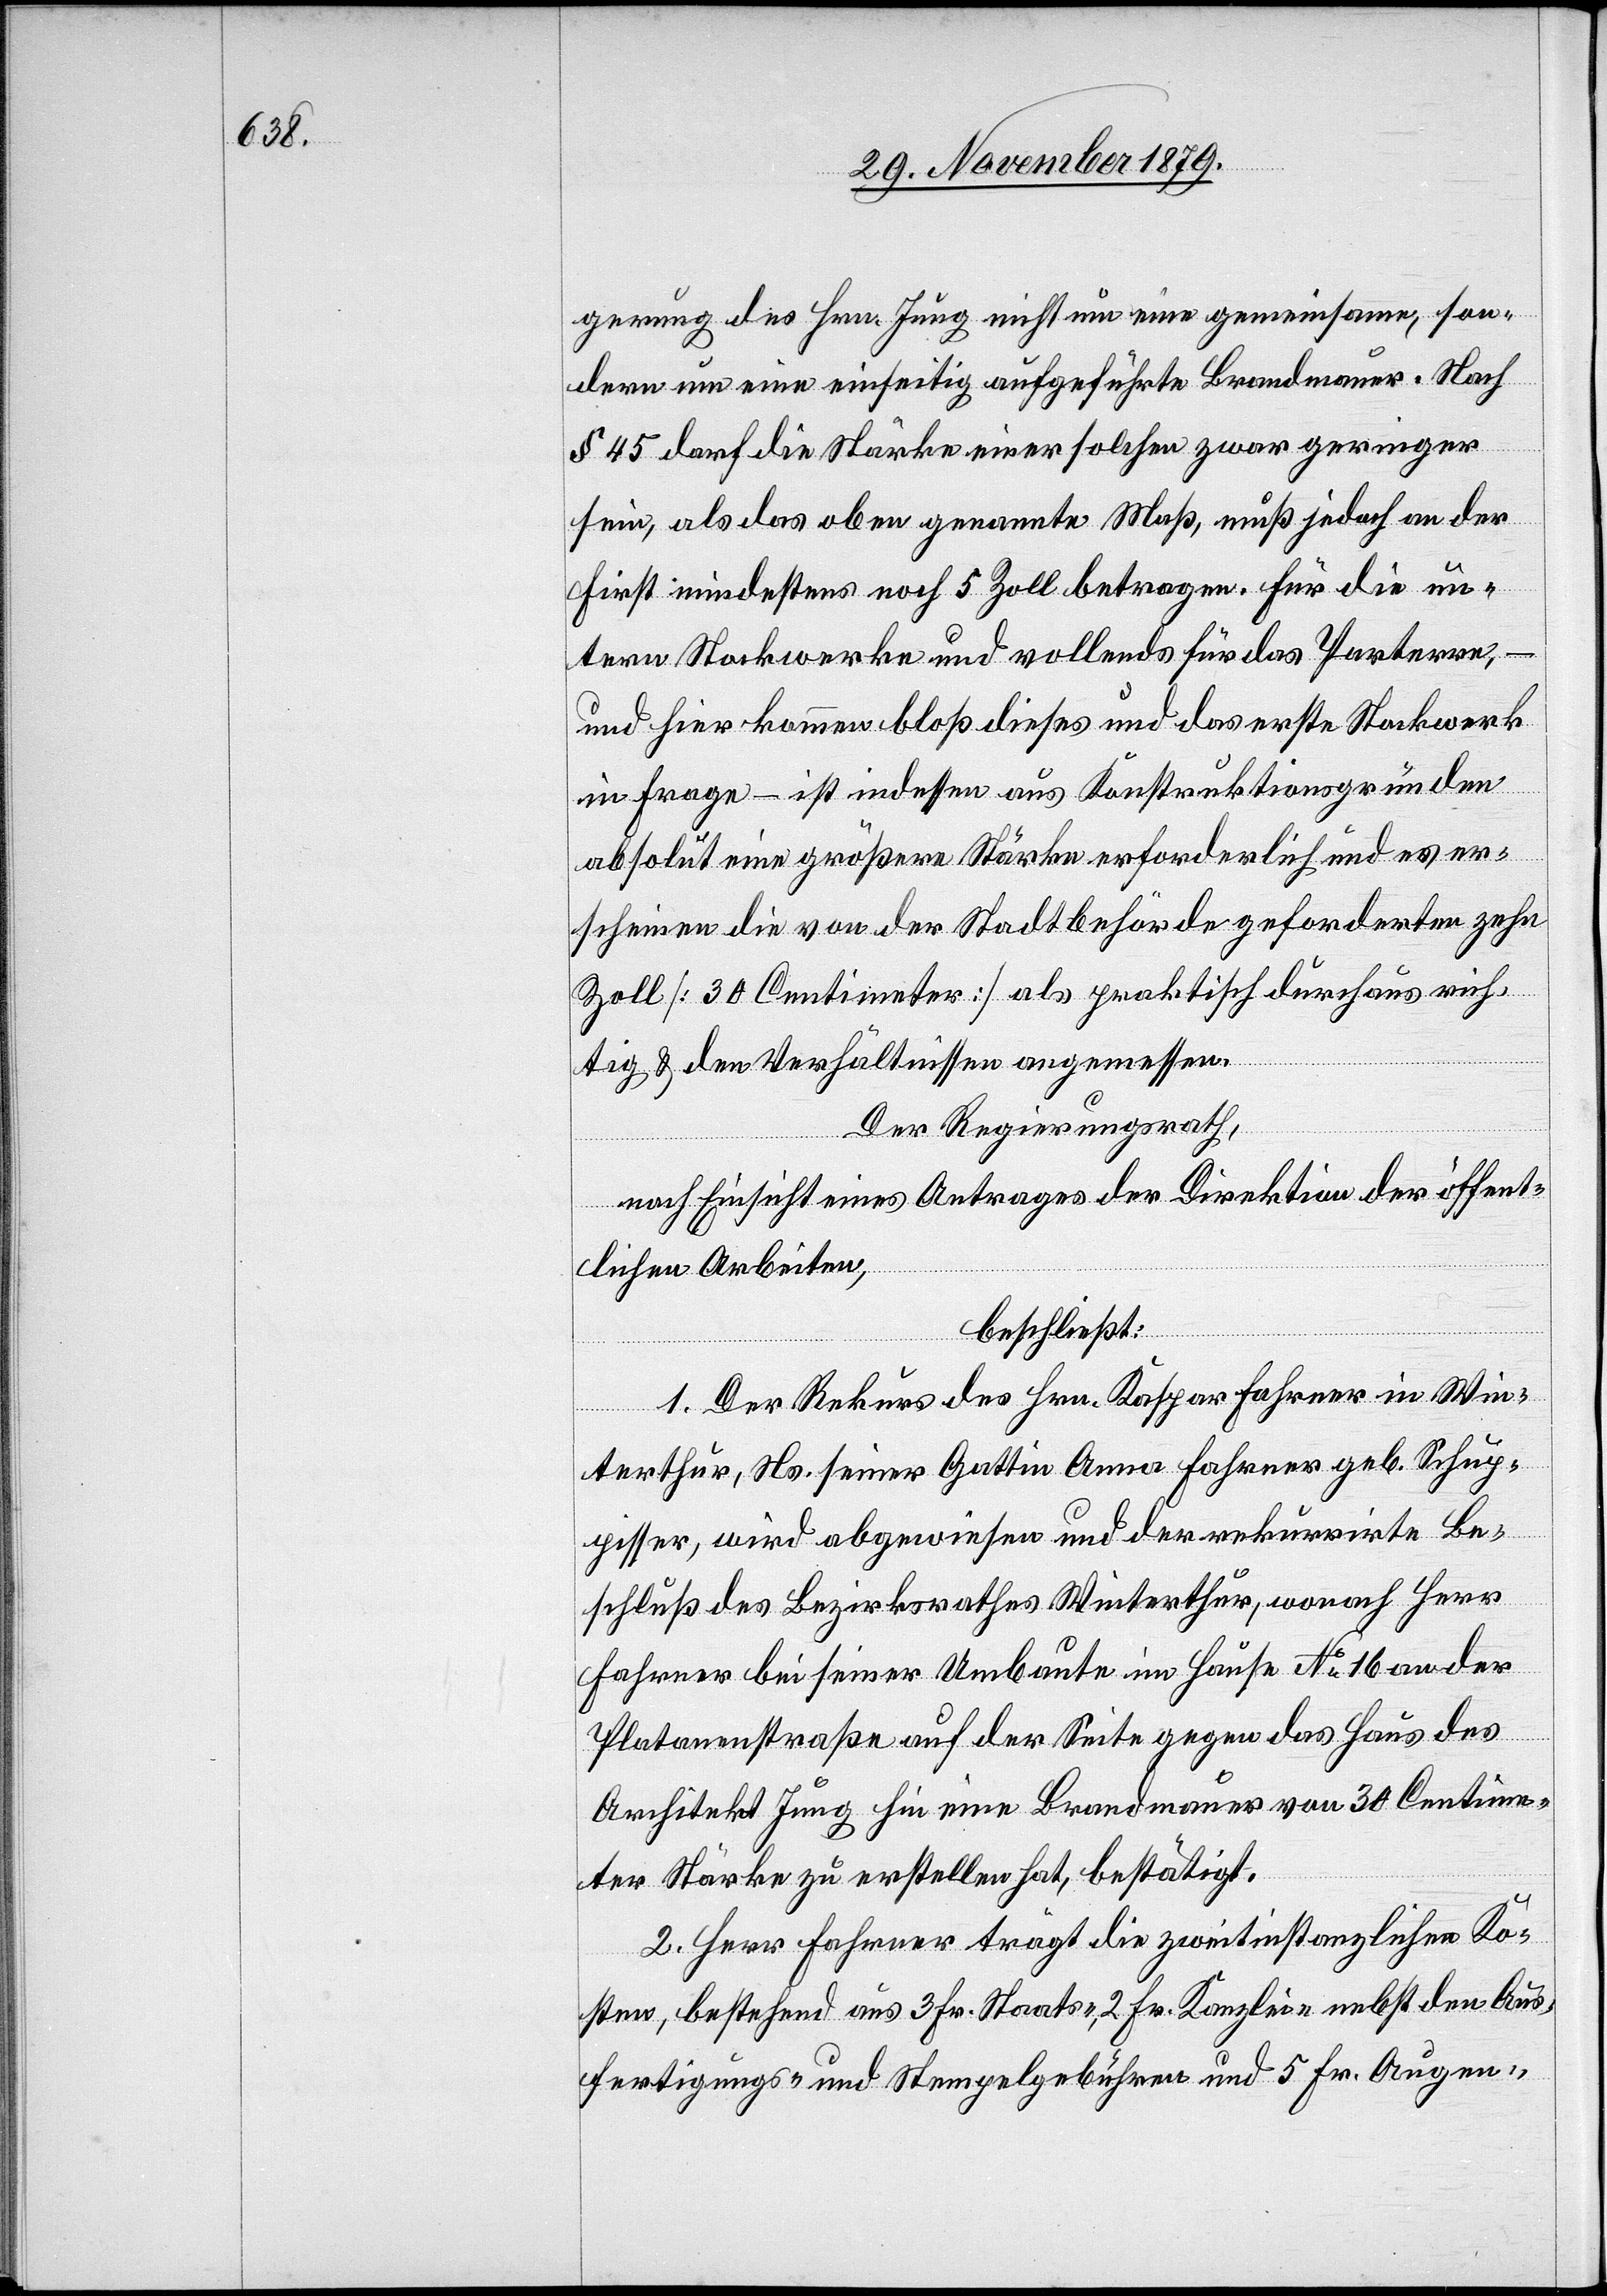
gerung des Hrn. Jung nicht um eine gemeinsame, son¬
dern um eine einseitig aufgeführte Brandmauer. Nach
§ 45 darf die Stärke einer solchen zwar geringer
sein, als das oben genannte Maß, muß jedoch an der
First mindestens noch 5 Zoll betragen. Für die un¬
tern Stockwerke und vollends für das Parterre,
und hier kommen bloß dieses und das erste Stockwerk
in Frage – ist indessen aus Konstruktionsgründen
absolut eine größere Stärke erforderlich und es er¬
scheinen die von der Stadtbehörde geforderten zehn
Zoll [30 Centimeter] als praktisch durchaus rich¬
tig & den Verhältnissen angemessen.
Der Regierungsrath,
nach Einsicht eines Antrages der Direktion der öffent¬
lichen Arbeiten,
beschließt:
1. Der Rekurs des Hrn. Kasper Fahrer in Win¬
terthur, Ns. seiner Gattin Anna Fahrer geb. Schup¬
pisser, wird abgewiesen und der rekurrirte Be¬
schluß des Bezirksrathes Winterthur, wonach Herr
Fahrer bei seiner Umbaute im Hause No 16 an der
Platanenstraße auf der Seite gegen das Haus des
Architekt Jung hin eine Brandmauer von 30 Centime¬
ter Höhe zu erstellen hat, bestätigt.
2. Herr Fahrer trägt die zweitinstanzlichen Ko¬
sten, bestehend aus 3 Fr. Staats-, 2 Fr. Kanzlei- nebst den Aus¬
fertigungs- und Stempelgebühren und 5 Fr. Augen-